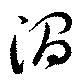
澗